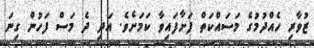
ޒުވާރި ހެއްދުމުގެ މަސައްކަތް ފަށާފައިވާ ކަމަށެވެ. އަދި ދެ މަސް ފަހުން ގިނަ